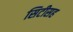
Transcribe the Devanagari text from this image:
सिटीसह